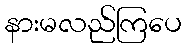
နားမလည်ကြပေ